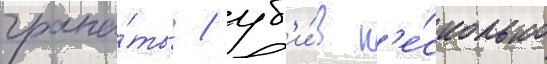
грана́ты / уб'и́в н'е́сколько